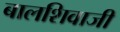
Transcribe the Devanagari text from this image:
बालशिवाजी